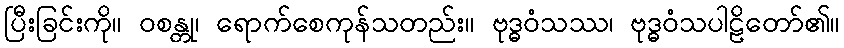
ပြီးခြင်းကို။ ဝစန္တု၊ ရောက်စေကုန်သတည်း။ ဗုဒ္ဓဝံသဿ၊ ဗုဒ္ဓဝံသပါဠိတော်၏။